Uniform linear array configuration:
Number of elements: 24
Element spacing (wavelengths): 1
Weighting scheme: hamming
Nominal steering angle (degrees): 0
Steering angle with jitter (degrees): -0.1753
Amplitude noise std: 0.05
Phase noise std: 0.05

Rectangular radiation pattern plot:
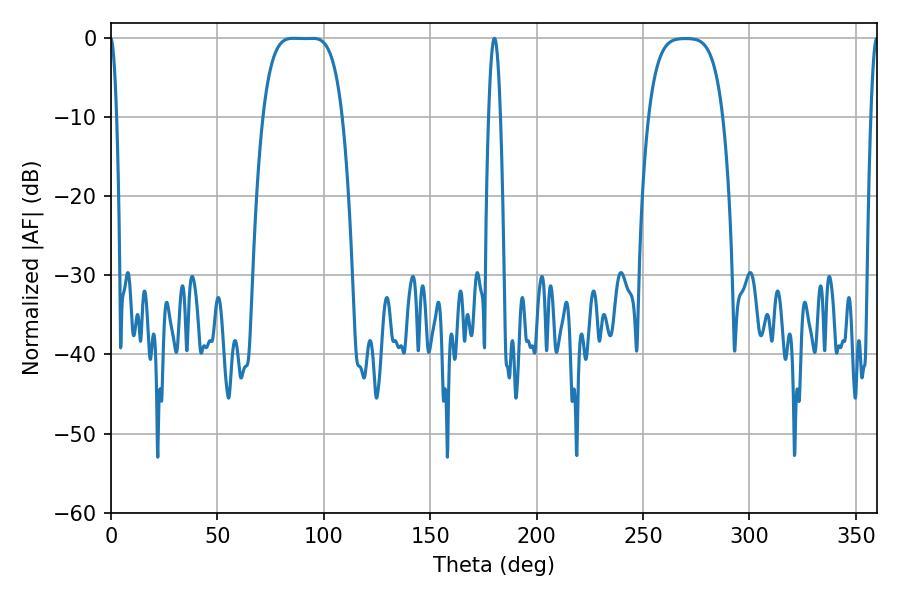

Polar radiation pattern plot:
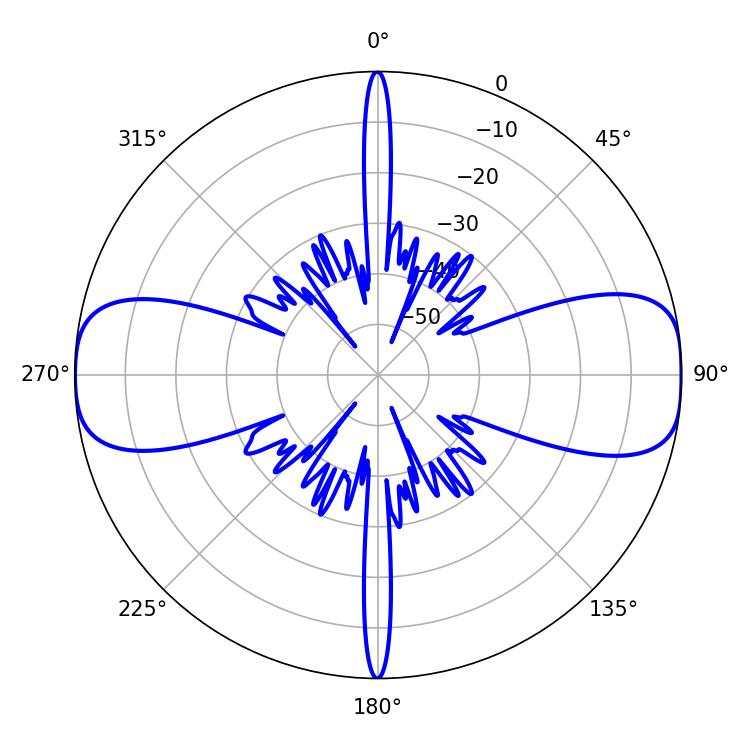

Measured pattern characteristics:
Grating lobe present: TRUE
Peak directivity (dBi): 15.493
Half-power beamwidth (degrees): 28.44
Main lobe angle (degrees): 85.5